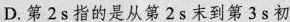
D.第2s指的是从第2s末到第3s初